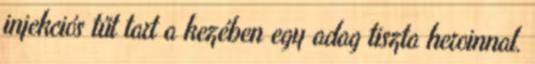
injekciós tűt tart a kezében egy adag tiszta heroinnal.